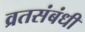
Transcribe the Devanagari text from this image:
व्रतसंबंधी